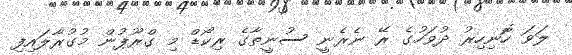
ލަވަ ހޮނިހިރު ދުވަހުގެ ރޭ ނެރެނީ ސުނީތާގެ ރިކޯޑް މި ގްރޫޕުން މުގުރާލައިފި